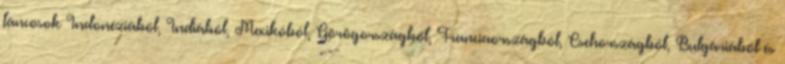
táncosok Indonéziából, Indiából, Mexikóból, Görögországból, Franciaországból, Csehországból, Bulgáriából és